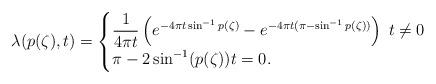
LaTeX: \begin{align*}\lambda(p(\zeta),t) =\begin{cases}\dfrac{1}{4\pi t}\left(e^{-4\pi t\sin^{-1}p(\zeta)}-e^{-4\pi t (\pi-\sin^{-1}p(\zeta))}\right) \; t\neq 0 \\\pi - 2\sin^{-1}(p(\zeta)) t=0.\end{cases}\end{align*}